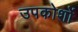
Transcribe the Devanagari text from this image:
उपकोशों